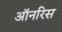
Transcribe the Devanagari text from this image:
ऑनरिस